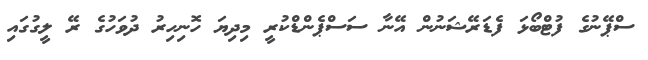
ސްޕޭނުގެ ފުޓްބޯޅަ ފެޑަރޭޝަނުން އޭނާ ސަސްޕެންޑްކުރީ މިދިޔަ ހޮނިހިރު ދުވަހުގެ ރޭ ލީގުގައި